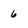
Character: 6